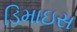
ડિમાઇસ